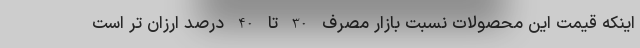
اینکه قیمت این محصولات نسبت بازار مصرف 30 تا 40 درصد ارزان تر است